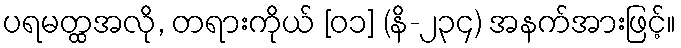
ပရမတ္ထအလို, တရားကိုယ် [၀၁] (နိ-၂၃၄) အနက်အားဖြင့်။